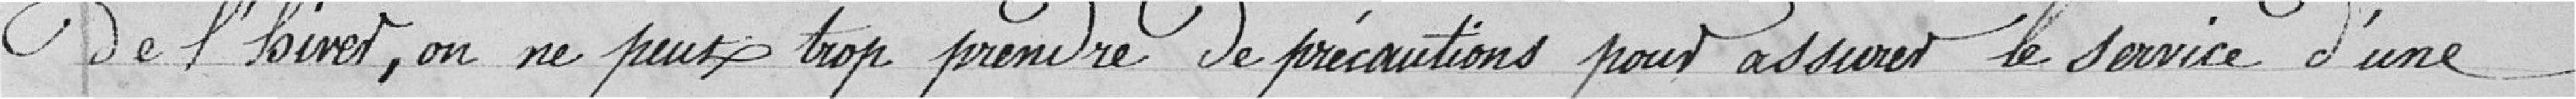
de l'hiver, on ne peut trop prendre de précautions pour assurer le service d'une